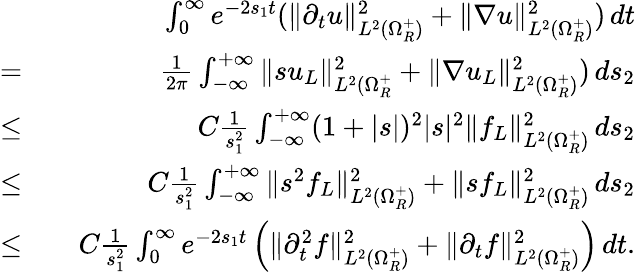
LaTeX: \begin{array}{rlr}&{}&{\int_{0}^{\infty}e^{-2s_{1}t}(\| \partial_{t}u\| _{L^{2}(\Omega_{R}^{+})}^{2}+\| \nabla u\| _{L^{2}(\Omega_{R}^{+})}^{2})\, dt}\\ {=}&{}&{\frac{1}{2\pi}\int_{-\infty}^{+\infty}\| su_{L}\| _{L^{2}(\Omega_{R}^{+}}^{2}+\| \nabla u_{L}\| _{L^{2}(\Omega_{R}^{+})}^{2})\, ds_{2}}\\ {\leq}&{}&{C\frac{1}{s_{1}^{2}}\int_{-\infty}^{+\infty}(1+|s|)^{2}|s|^{2}\| f_{L}\| _{L^{2}(\Omega_{R}^{+})}^{2}\, ds_{2}}\\ {\leq}&{}&{C\frac{1}{s_{1}^{2}}\int_{-\infty}^{+\infty}\| s^{2}f_{L}\| _{L^{2}(\Omega_{R}^{+})}^{2}+\| sf_{L}\| _{L^{2}(\Omega_{R}^{+})}^{2}\, ds_{2}}\\ {\leq}&{}&{C\frac{1}{s_{1}^{2}}\int_{0}^{\infty}e^{-2s_{1}t}\left(\| \partial_{t}^{2}f\| _{L^{2}(\Omega_{R}^{+})}^{2}+\| \partial_{t}f\| _{L^{2}(\Omega_{R}^{+})}^{2}\right)\, dt.}\end{array}